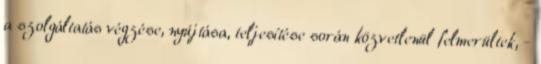
a szolgáltatás végzése, nyújtása, teljesítése során közvetlenül felmerültek, -